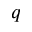
\boldsymbol { q }